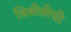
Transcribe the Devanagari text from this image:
त्रिमीतीची